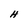
Character: H